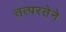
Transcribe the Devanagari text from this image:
तत्‍परतेने